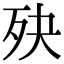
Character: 𣧎